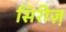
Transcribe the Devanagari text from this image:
सिरीज़़